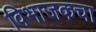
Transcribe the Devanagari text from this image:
विभाजकचा